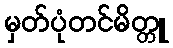
မှတ်ပုံတင်မိတ္တူ